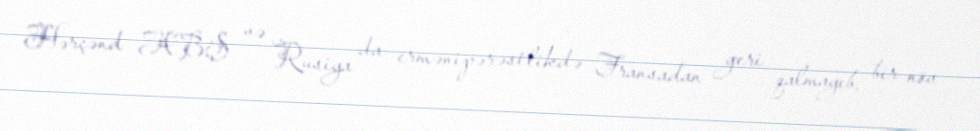
Hərçənd ABŞ və Rusiya da ermənipərəstlikdə Fransadan geri qalmayıb, bir növ